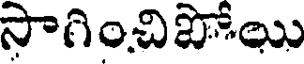
సాగించిపోయి